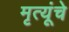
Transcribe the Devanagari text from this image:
मृत्यूंचे